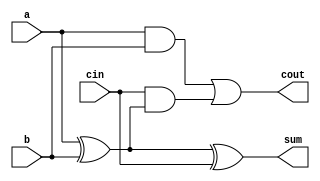
module full_adder (
    input wire a,
    input wire b,
    input wire cin,
    output wire sum,
    output wire cout
);
    assign sum = a ^ b ^ cin;      // Sum calculation
    assign cout = (a & b) | (cin & (a ^ b)); // Carry calculation
endmodule